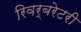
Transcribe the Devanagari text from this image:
रिवर्बरेटरी